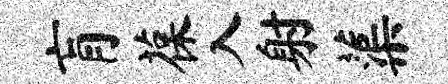
肓葆入射蕖